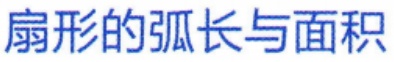
扇形的弧长与面积